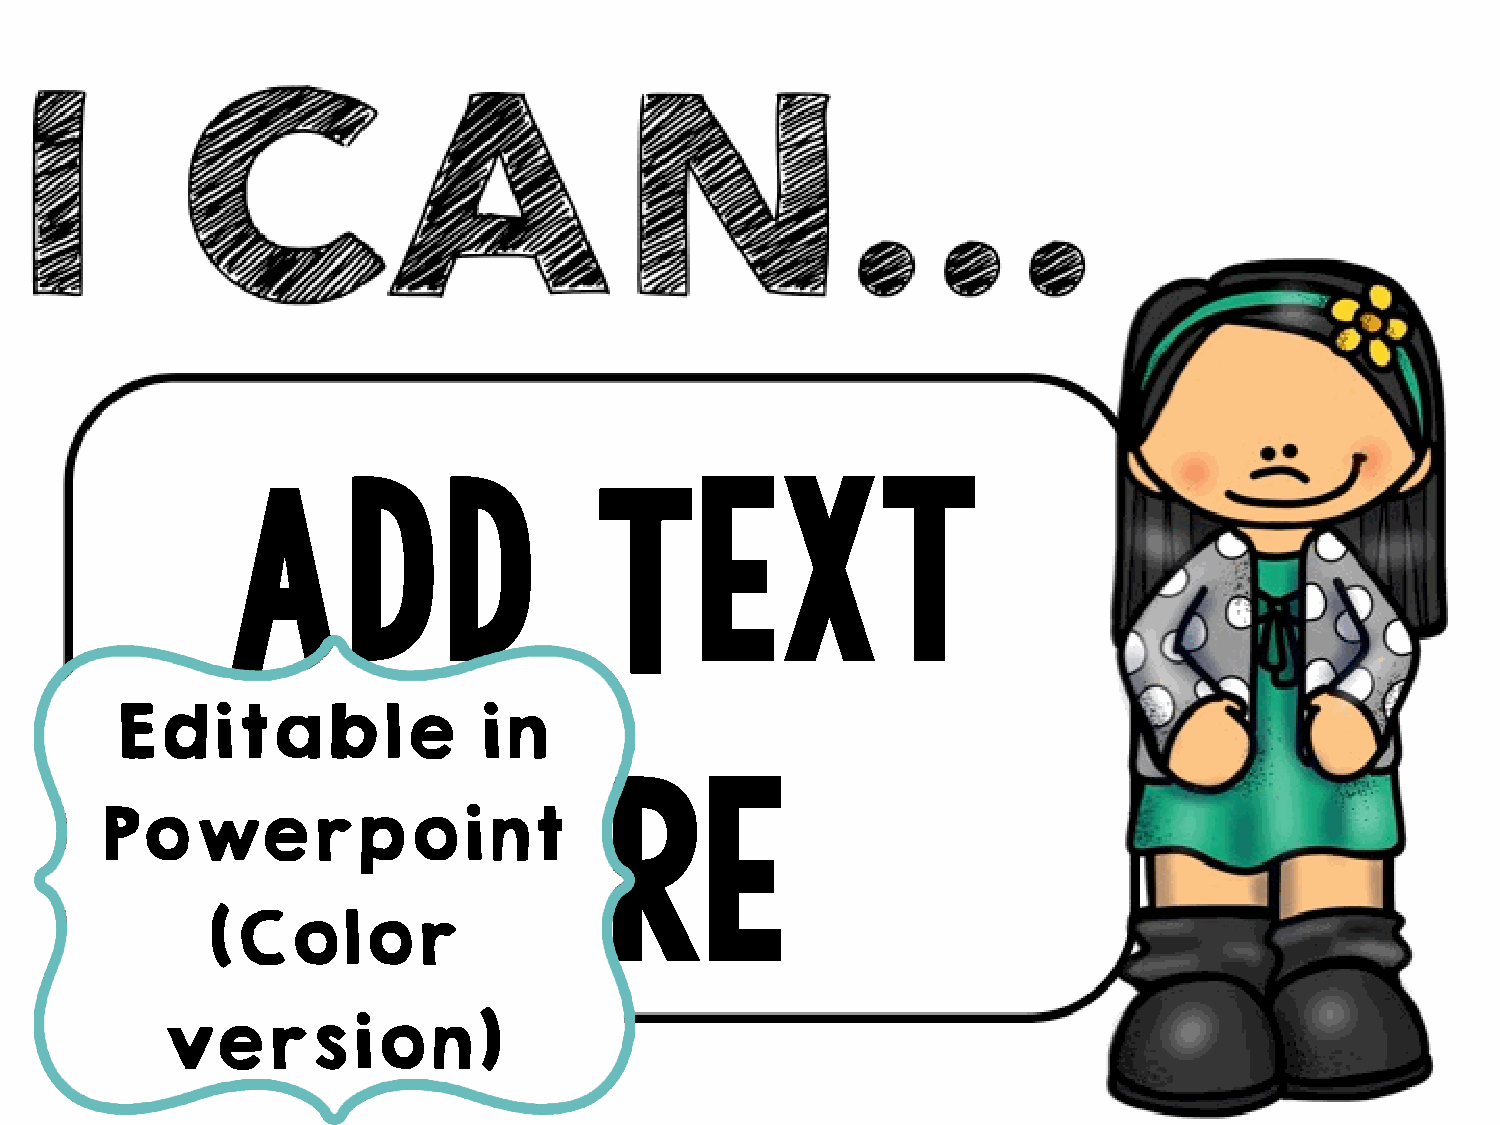
Add                     Text
 Editable                 in
 here
 Powerpoint
 (Color
 version)